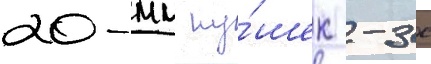
20-мм пу́шек -3 с